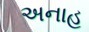
અનાહ